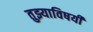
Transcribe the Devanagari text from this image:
तुझ्याविषयी